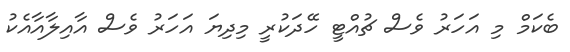
ބެކަމް މި އަހަރު ވެސް ޗުއްޓީ ހޭދަކުރީ މިދިޔަ އަހަރު ވެސް އާއިލާއާއެކު